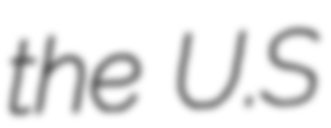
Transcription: the U.S